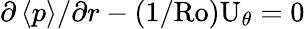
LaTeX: \partial\left\langle p\right\rangle/\partial r-(1/\textrm{Ro})\mathrm{U}_{\theta}=0